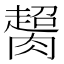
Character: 𦠶